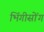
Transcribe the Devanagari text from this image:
भिंगीसोंग